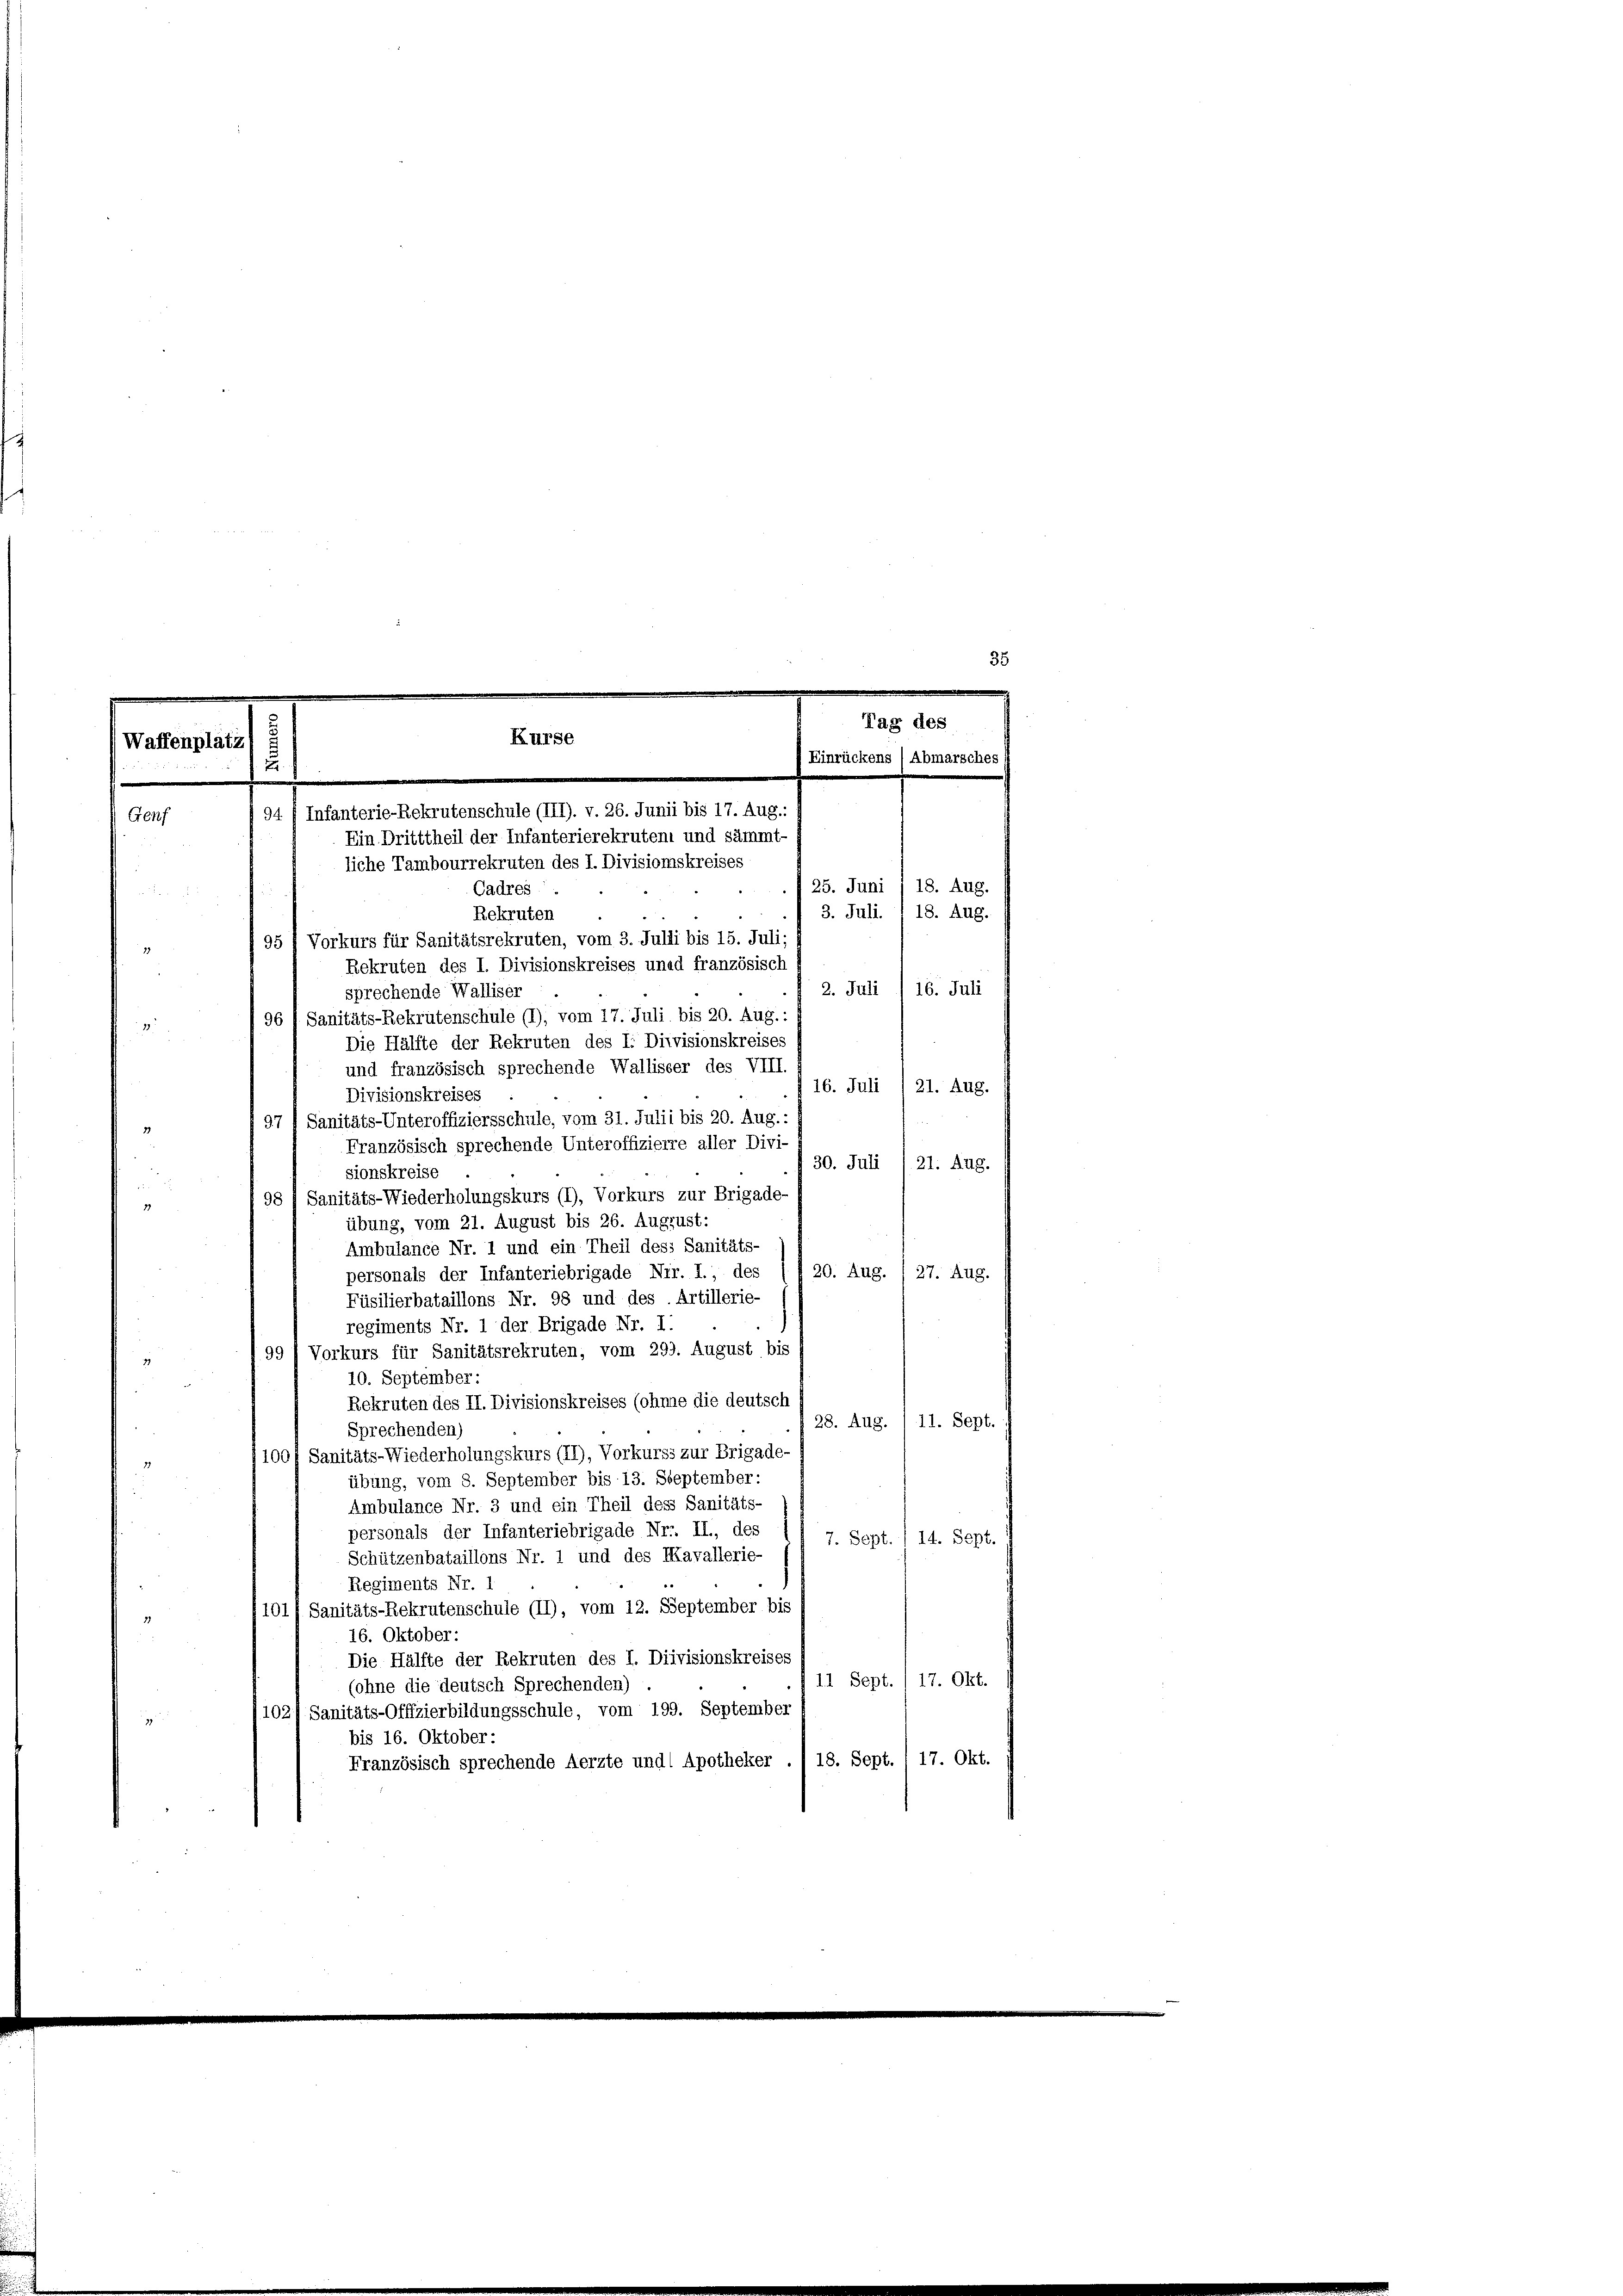
Waffenplätz
Genf

19

g

Tag des
Kurse
Einrückens (Abmarsches
u
94 f Infanterie-Rekrutenschule (III). v. 26. Junii bis 17. Aug.:
Ein Dritttheil der Infanterierekruten und sämmt-
liche Tambourrekruten des I. Divisionskreises
. 25. Juni /18. Aug.
Cadres
o

Rekruten
 95 f Vorkurs für Sanitätsrekruten, vom 3. Julii bis 15. Juli;
12
Rekruten des I. Divisionskreises und französisch
u
2. Juli 16. Juli
sprechende Walliser
96 / Sanitäts-Rekrutenschule (1), vom 17. Juli bis 20. Aug.:
2
Die Hälfte der Rekruten des I. Divisionskreises
und französisch sprechende Wallister des VIII.
16. Juli /21. Aug.
Divisionskreises
97 l Sanitäts-Unteroffiziersschule, vom 31. Julii bis 20. Aug.:
Französisch sprechende Unteroffizierre aller Divi-
 30. Juli 121. Aug.
sionskreise
98 1 Sanitäts-Wiederholungskurs (I), Vorkurs zur Brigade-
17
übung, vom 21. August bis 26. August:
Ambulance Nr. 1 und ein Theil dess Sanitäts-
20. Aug. / 27. Aug.
personals der Infanteriebrigade Nir. I., des
Füsilierbataillons Nr. 98 und des Artillerie-
regiments Nr. 1 der Brigade Nr. I.
99 / Vorkurs für Sanitätsrekruten, vom 293. August bis
29
10. September:
Rekruten des II. Divisionskreises (ohne die deutsch
28. Aug. 111. Sept.
Sprechenden)
1001 Sanitäts-Wiederholungskurs (II), Vorkurss zur Brigade-
17
übung, vom 8. September bis 13. September:
Ambulance Nr. 3 und ein Theil dess Sanitäts-
personals der Infanteriebrigade Nr. II., des
7. Sept./14. Sept.
Schützenbataillons Nr. 1 und des Mavallerie-
e
Regiments Nr. 1
101/ Sanitäts-Rekrutenschule (II), vom 12. September bis
21
16. Oktober:
Die Hälfte der Rekruten des I. Diivisionskreises
11 Sept. / 17. Okt.
(ohne die deutsch Sprechenden)
102/ Sanitäts-Offizierbildungsschule, vom 199. September
bis 16. Oktober:
Französisch sprechende Aerzte und Apotheker ./ 18. Sept. 1 17. Okt.

3. Juli. I 18. Aug.

35